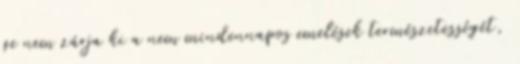
ge nem zárja ki a nem mindennapos emelések természetességét,